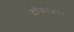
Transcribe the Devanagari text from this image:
टॉकीजवर